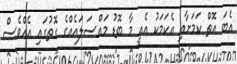
އެބަ އޮތް ކަމަށާއި އެކަމަކު އެއީ މާ ބޮޑު މައްސަލައެއްގެ ގޮތުގައި އެއްވެސް